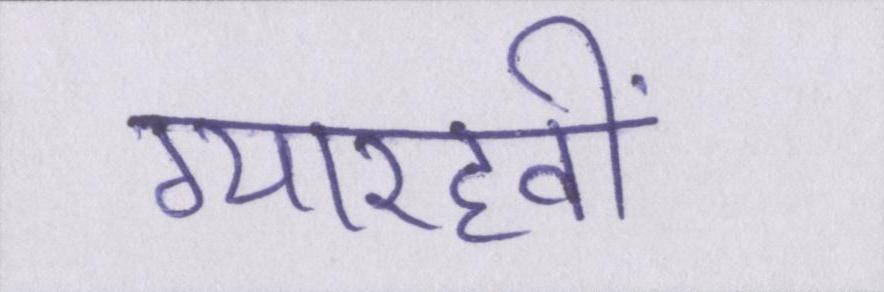
ग्यारहवीं